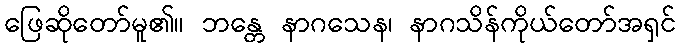
ဖြေဆိုတော်မူ၏။ ဘန္တေ နာဂသေန၊ နာဂသိန်ကိုယ်တော်အရှင်